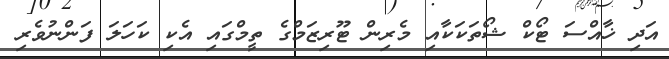
އަދި ޚާއްސަ ޓޯކް ޝޯތަކަކާއި މެރިން ޓޫރިޒަމްގެ ތީމްގައި އެކި ކަހަލަ ފަންނުވެރި